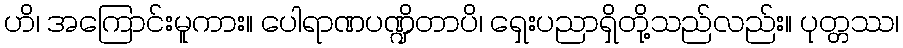
ဟိ၊ အကြောင်းမူကား။ ပေါရာဏပဏ္ဍိတာပိ၊ ရှေးပညာရှိတို့သည်လည်း။ ပုတ္တဿ၊